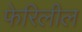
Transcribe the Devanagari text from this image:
फेरिलील